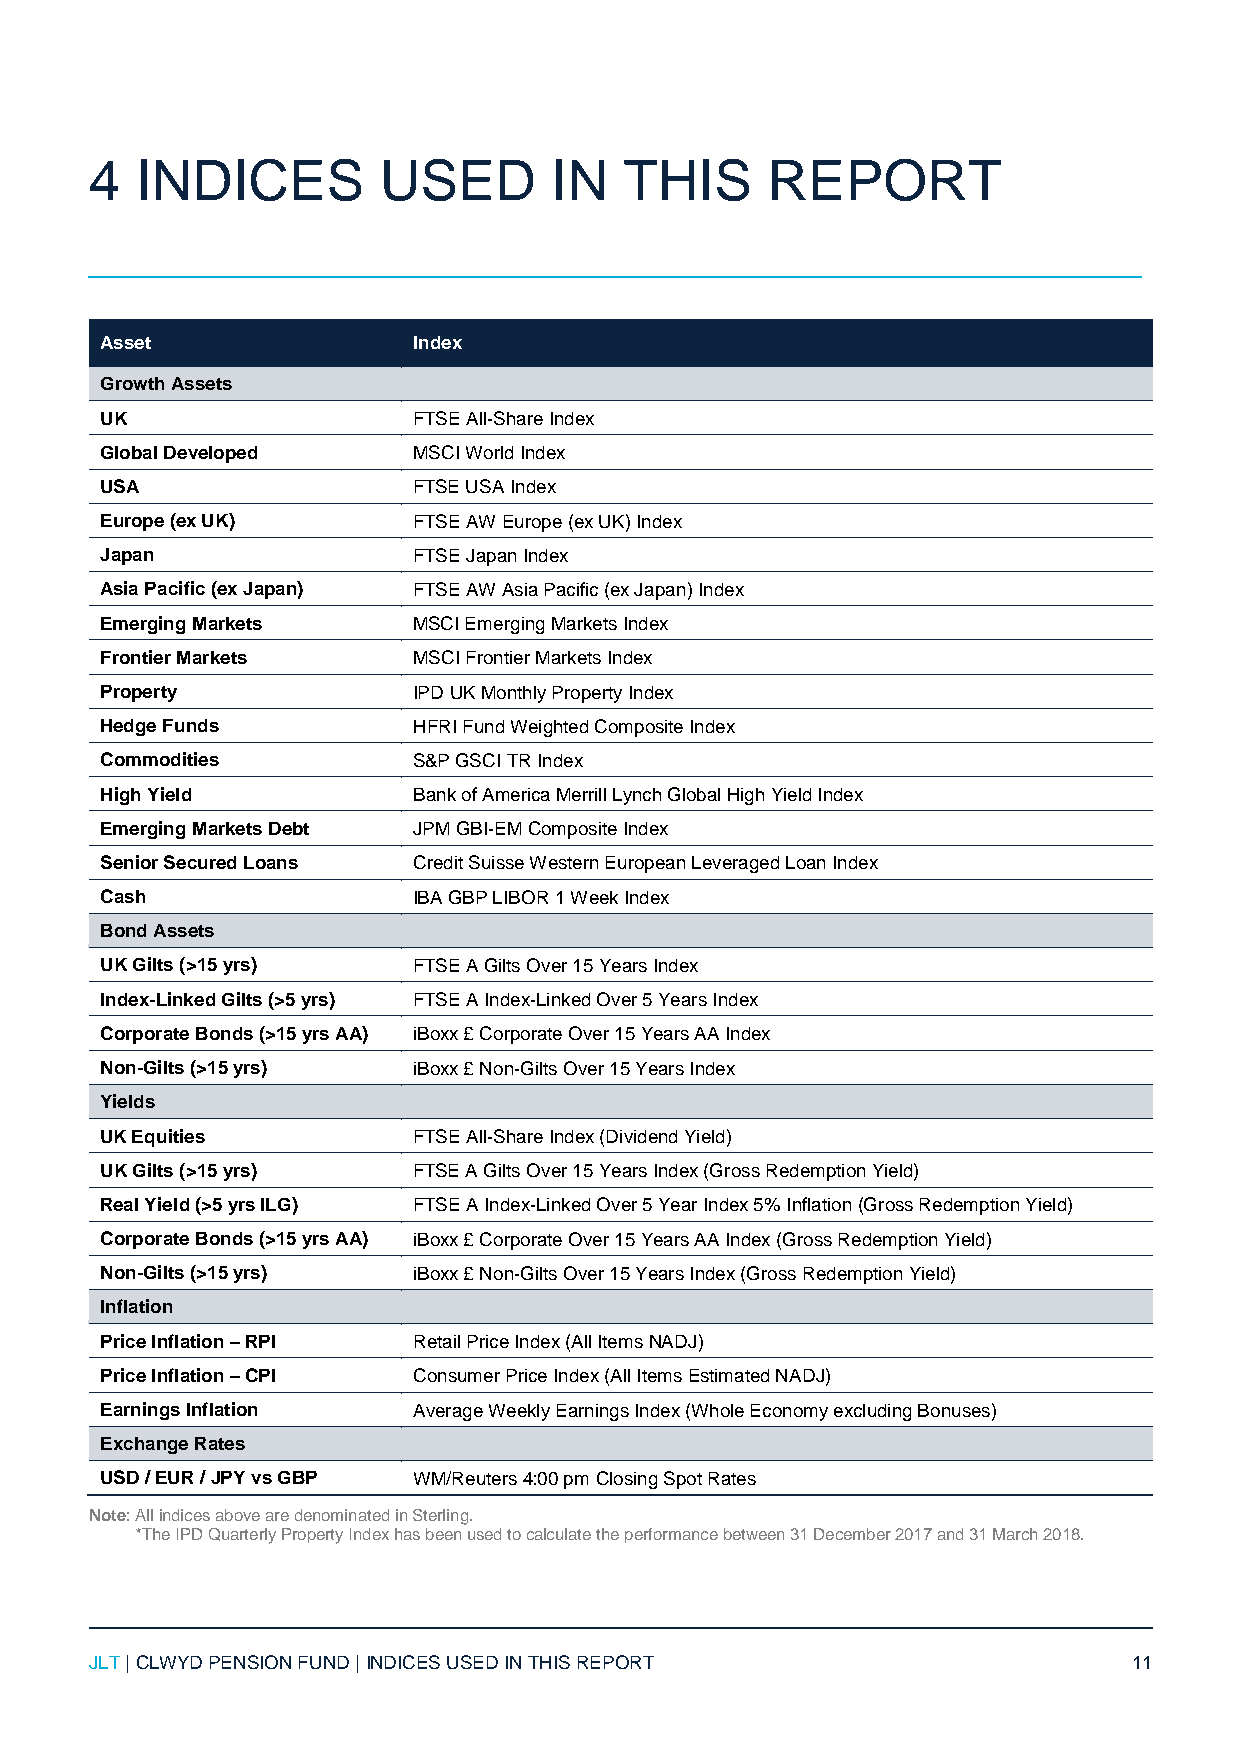
4  INDICES         USED       IN   THIS      REPORT
 Asset               Index
 Growth Assets
 UK                  FTSE All-Share Index
 Global Developed    MSCI World Index
 USA                 FTSE USA Index
 Europe (ex UK)      FTSE AW Europe (ex UK) Index
 Japan               FTSE Japan Index
 Asia Pacific (ex Japan) FTSE AW Asia Pacific (ex Japan) Index
 Emerging Markets    MSCI Emerging Markets Index
 Frontier Markets    MSCI Frontier Markets Index
 Property            IPD UK Monthly Property Index
 Hedge Funds         HFRI Fund Weighted Composite Index
 Commodities         S&P GSCI TR Index
 High Yield          Bank of America Merrill Lynch Global High Yield Index
 Emerging Markets Debt JPM GBI-EM Composite Index
 Senior Secured Loans Credit Suisse Western European Leveraged Loan Index
 Cash                IBA GBP LIBOR 1 Week Index
 Bond Assets
 UK Gilts (>15 yrs)  FTSE A Gilts Over 15 Years Index
 Index-Linked Gilts (>5 yrs) FTSE A Index-Linked Over 5 Years Index
 Corporate Bonds (>15 yrs AA) iBoxx £ Corporate Over 15 Years AA Index
 Non-Gilts (>15 yrs) iBoxx £ Non-Gilts Over 15 Years Index
 Yields
 UK Equities         FTSE All-Share Index (Dividend Yield)
 UK Gilts (>15 yrs)  FTSE A Gilts Over 15 Years Index (Gross Redemption Yield)
 Real Yield (>5 yrs ILG) FTSE A Index-Linked Over 5 Year Index 5% Inflation (Gross Redemption Yield)
 Corporate Bonds (>15 yrs AA) iBoxx £ Corporate Over 15 Years AA Index (Gross Redemption Yield)
 Non-Gilts (>15 yrs) iBoxx £ Non-Gilts Over 15 Years Index (Gross Redemption Yield)
 Inflation
 Price Inflation – RPI Retail Price Index (All Items NADJ)
 Price Inflation – CPI Consumer Price Index (All Items Estimated NADJ)
 Earnings Inflation  Average Weekly Earnings Index (Whole Economy excluding Bonuses)
 Exchange Rates
 USD / EUR / JPY vs GBP WM/Reuters 4:00 pm Closing Spot Rates
 Note: All indices above are denominated in Sterling.
 *The IPD Quarterly Property Index has been used to calculate the performance between 31 December 2017 and 31 March 2018.
 JLT | CLWYD PENSION FUND | INDICES USED IN THIS REPORT               11